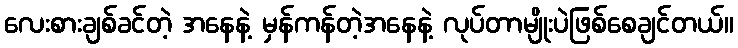
လေးစားချစ်ခင်တဲ့ အနေနဲ့ မှန်ကန်တဲ့အနေနဲ့ လုပ်တာမျိုးပဲဖြစ်စေချင်တယ်။